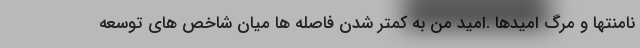
نامنتها و مرگ امیدها .امید من به کمتر شدن فاصله ها میان شاخص های توسعه